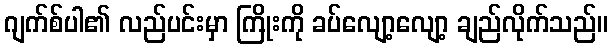
ဂျက်စ်ပါ၏ လည်ပင်းမှာ ကြိုးကို ခပ်လျော့လျော့ ချည်လိုက်သည်။